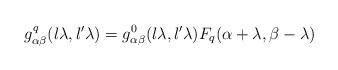
LaTeX: \begin{align*} g_{\alpha\beta}^{q}(l\lambda,l'\lambda)=g_{\alpha\beta}^{0}(l\lambda,l'\lambda)F_{q}(\alpha+\lambda,\beta-\lambda)\end{align*}